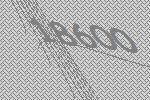
18600